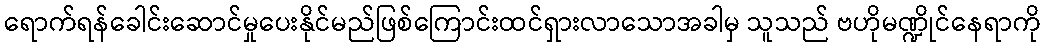
ရောက်ရန်ခေါင်းဆောင်မှုပေးနိုင်မည်ဖြစ်ကြောင်းထင်ရှားလာသောအခါမှ သူသည် ဗဟိုမဏ္ဍိုင်နေရာကို